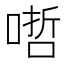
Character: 𠹗